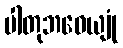
ပါတုဘဝေယျုံ